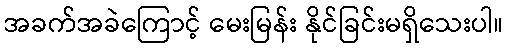
အခက်အခဲကြောင့် မေးမြန်း နိုင်ခြင်းမရှိသေးပါ။